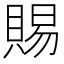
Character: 賜